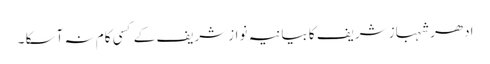
ادھر شہباز شریف کا بیانیہ نوازشریف کے کسی کام نہ آسکا ۔